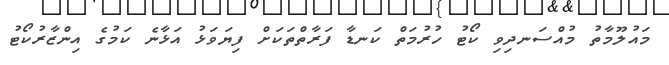
މައުލޫމާތު މުއްސަނދިވި ކޯޓު ހުރުމަތް ކަނޑާ ފަރާތްތަކަށް ފިޔަވަޅު އަޅާނެ ކަމުގެ އިންޒާރުކޯޓު